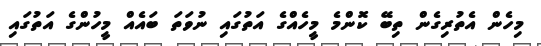
މިހެން އެތުރިގެން ތިބޭ ކޮންމެ މީހެއްގެ އަތުގައި ނުވަތަ ބައެއް މީހުންގެ އަތުގައި